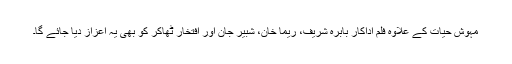
مہوش حیات کے علاوہ فلم اداکار بابرہ شریف، ریما خان، شبیر جان اور افتخار ٹھاکر کو بھی یہ اعزاز دیا جائے گا۔